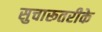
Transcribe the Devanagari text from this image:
सुचारूतरीके